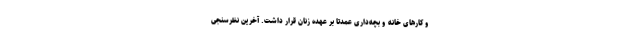
و کارهای خانه و بچه‌داری عمدتا بر عهده زنان قرار داشت. آخرین نظرسنجی